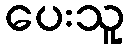
ပေးသူ